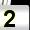
Digit: 2